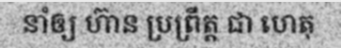
នាំឲ្យ ហ៊ាន ប្រព្រឹត្ត ជា ហេតុ